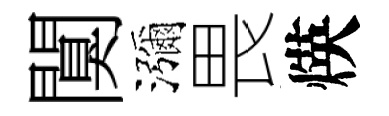
闃瀰畏煐